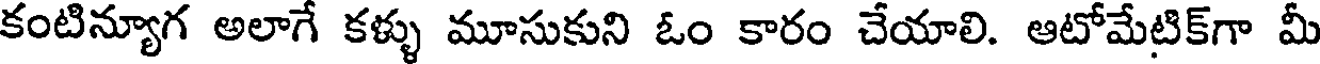
కంటిన్యూగ అలాగే కళ్ళు మూసుకుని ఓం కారం చేయాలి. ఆటోమేటిక్గా మీ